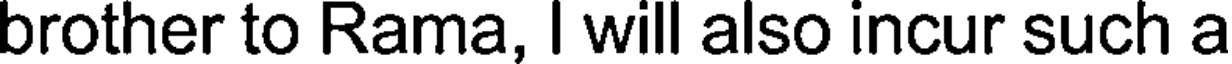
brother to Rama, I will also incur such a